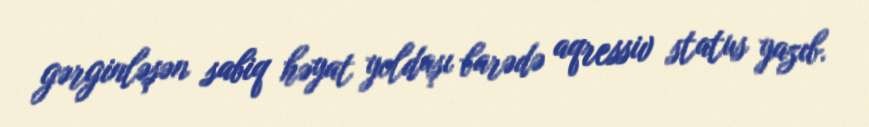
gərginləşən sabiq həyat yoldaşı barədə aqressiv status yazıb.